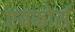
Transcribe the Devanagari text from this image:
एयफोर्स